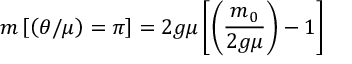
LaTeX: m \left[ \left( \theta / \mu \right) = \pi \right] = 2 g \mu \left[ \left( { \frac { m _ { 0 } } { 2 g \mu } } \right) - 1 \right]